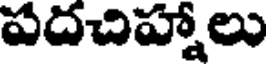
పదచిహ్నాలు